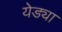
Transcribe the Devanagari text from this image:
येड्या